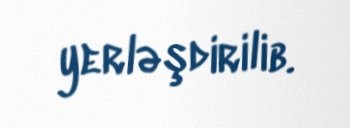
yerləşdirilib.